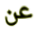
عن